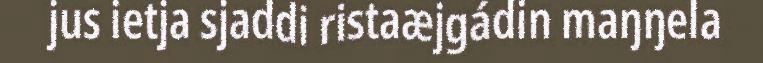
jus ietja sjaddi ristaæjgádin maŋŋela